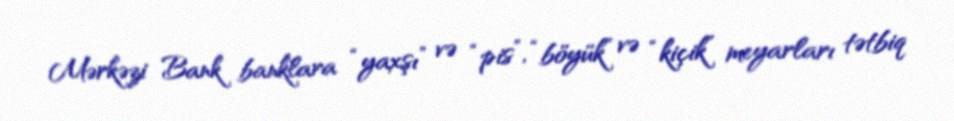
Mərkəzi Bank banklara “yaxşı” və “pis”, “böyük” və “kiçik” meyarları tətbiq